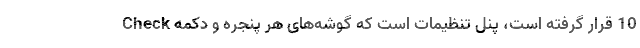
10 قرار گرفته است، پنل تنظیمات است که گوشه‌های هر پنجره و دکمه Check